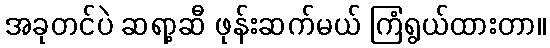
အခုတင်ပဲ ဆရာ့ဆီ ဖုန်းဆက်မယ် ကြံရွယ်ထားတာ။